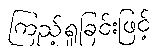
ကြည့်ရှုခြင်းဖြင့်